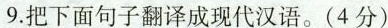
9.把下面句子翻译成现代汉语。(4分)